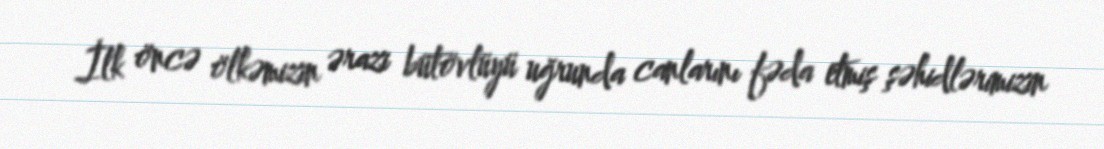
İlk öncə ölkəmizin ərazi bütövlüyü uğrunda canlarını fəda etmiş şəhidlərimizin